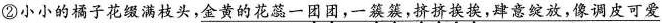
②小小的橘子花缀满枝头，\underline{金黄的花蕊一团团，一簇簇，挤挤挨挨，肆意绽放，像调皮可爱}